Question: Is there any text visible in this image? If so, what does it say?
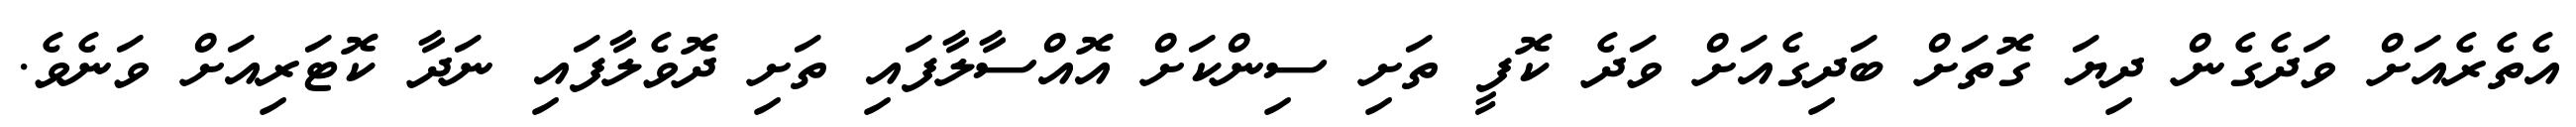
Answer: އެތެރެއަށް ވަދެގެން ދިޔަ ގޮތަށް ބަދިގެއަށް ވަދެ ކޮފީ ތަށި ސިންކަށް އޮއްސާލާފައި ތަށި ދޮވެލާފައި ނަދާ ކޮޓަރިއަށް ވަނެވެ.